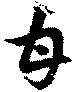
甘